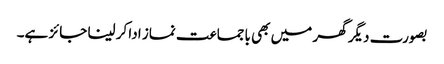
بصورت دیگر گھر میں بھی باجماعت نماز ادا کر لینا جائز ہے۔